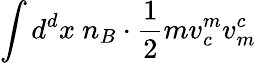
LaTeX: \int d^{d}x~n_{B}\cdot\frac{1}{2}mv_{c}^{m}v_{m}^{c}